Vaccine operations Central Provinces 1886-1899 - 1886-1899
Year: 1886
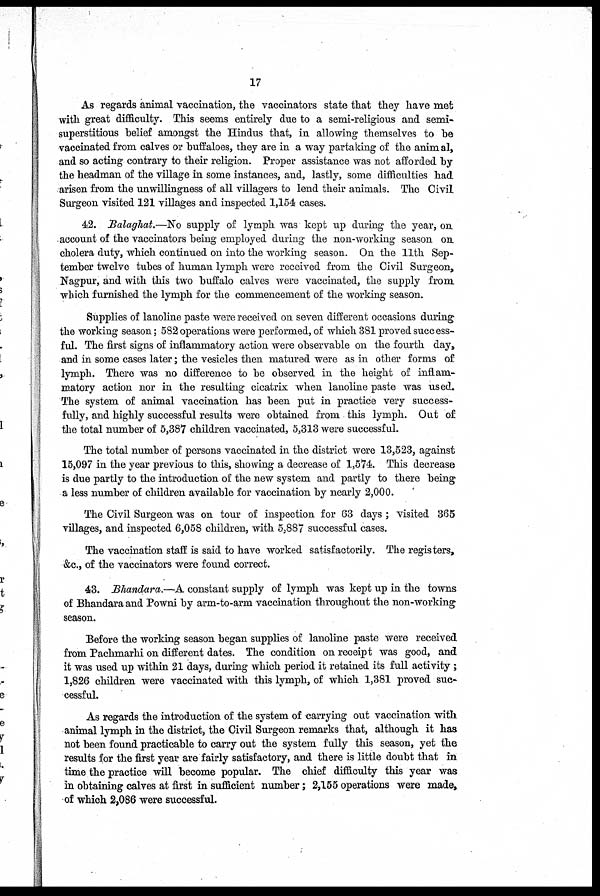
17
As regards animal vaccination, the vaccinators state that they have met
with great difficulty. This seems entirely due to a semi-religious and semi¬
superstitious belief amongst the Hindus that, in allowing themselves to be
vaccinated from calves or buffaloes, they are in a way partaking of the animal,
and so acting contrary to their religion. Proper assistance was not afforded by
the headman of the village in some instances, and, lastly, some difficulties had
arisen from the unwillingness of all villagers to lend their animals. The Civil
Surgeon visited 121 villages and inspected 1,154 cases.
42. Balaghat.—No supply of lymph was kept up during the year, on
account of the vaccinators being employed during the non-working season on
cholera duty, which continued on into the working season. On the 11th Sep-
tember twelve tubes of human lymph were received from the Civil Surgeon,
Nagpur, and with this two buffalo calves were vaccinated, the supply from
which furnished the lymph for the commencement of the working season.
Supplies of lanoline paste were received on seven different occasions during
the working season; 582 operations were performed, of which 381 proved success-
ful. The first signs of inflammatory action were observable on the fourth day,
and in some cases later; the vesicles then matured were as in other forms of
lymph. There was no difference to be observed in the height of inflam-
matory action nor in the resulting cicatrix when lanoline paste was used.
The system of animal vaccination has been put in practice very success-
fully, and highly successful results were obtained from this lymph. Out of
the total number of 5,387 children vaccinated, 5,313 were successful.
The total number of persons vaccinated in the district were 13,523, against
15,097 in the year previous to this, showing a decrease of 1,574. This decrease
is due partly to the introduction of the new system and partly to there being
a less number of children available for vaccination by nearly 2,000.
The Civil Surgeon was on tour of inspection for 63 days ; visited 365
villages, and inspected 6,058 children, with 5,887 successful cases.
The vaccination staff is said to have worked satisfactorily. The registers,
&c., of the vaccinators were found correct.
43. Bhandara.—A constant supply of lymph was kept up in the towns
of Bhandara and Powni by arm-to-arm vaccination throughout the non-working
season.
Before the working season began supplies of lanoline paste were received
from Pachmarhi on different dates. The condition on receipt was good, and
it was used up within 21 days, during which period it retained its full activity;
1,826 children were vaccinated with this lymph, of which 1,381 proved suc-
cessful.
As regards the introduction of the system of carrying out vaccination with
animal lymph in the district, the Civil Surgeon remarks that, although it has
not been found practicable to carry out the system fully this season, yet the
results for the first year are fairly satisfactory, and there is little doubt that in
time the practice will become popular. The chief difficulty this year was
in obtaining calves at first in sufficient number; 2,155 operations were made,
of which 2,086 were successful.